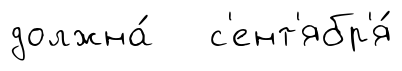
должна́ с'ент'ябр'я́